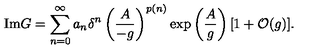
\mathrm { I m } G = \sum _ { n = 0 } ^ { \infty } a _ { n } { \delta } ^ { n } \left( \frac { A } { - g } \right) ^ { p ( n ) } \exp \left( \frac { A } { g } \right) [ 1 + { \cal O } ( g ) ] .